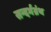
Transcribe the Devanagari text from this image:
सन्दर्भग्रंथ